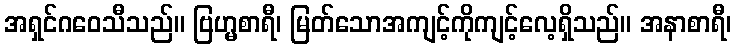
အရှင်ဂဝေသီသည်။ ဗြဟ္မစာရီ၊ မြတ်သောအကျင့်ကိုကျင့်လေ့ရှိသည်။ အနာစာရီ၊